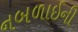
નબળાઈની